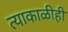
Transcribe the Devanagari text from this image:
त्याकाळीही